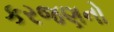
કરજણનો